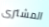
المشترى